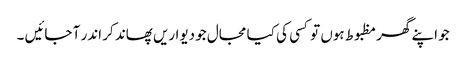
جو اپنے گھر مظبوط ہوں تو کسی کی کیا مجال جو دیواریں پھاند کر اندر آ جائیں ۔